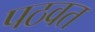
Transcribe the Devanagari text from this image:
पठवत